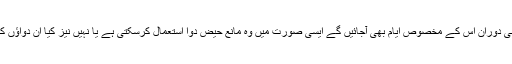
اگر کوئی عورت رمضان المبارک میں عمرہ کرنے مکہ شریف جانے کا ارادہ رکھتی ہے اور اسی دوران اس کے مخصوص ایام بھی آجائیں گے ایسی صورت میں وہ مانع حیض دوا استعمال کرسکتی ہے یا نہیں نیز کیا ان دواؤں کے استعمال سے اس کے روزے میں تو کوئی فرق نہیں پڑے گا یا روزے کی قضا کرنے ہوگی۔